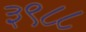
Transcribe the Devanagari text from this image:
३९८८